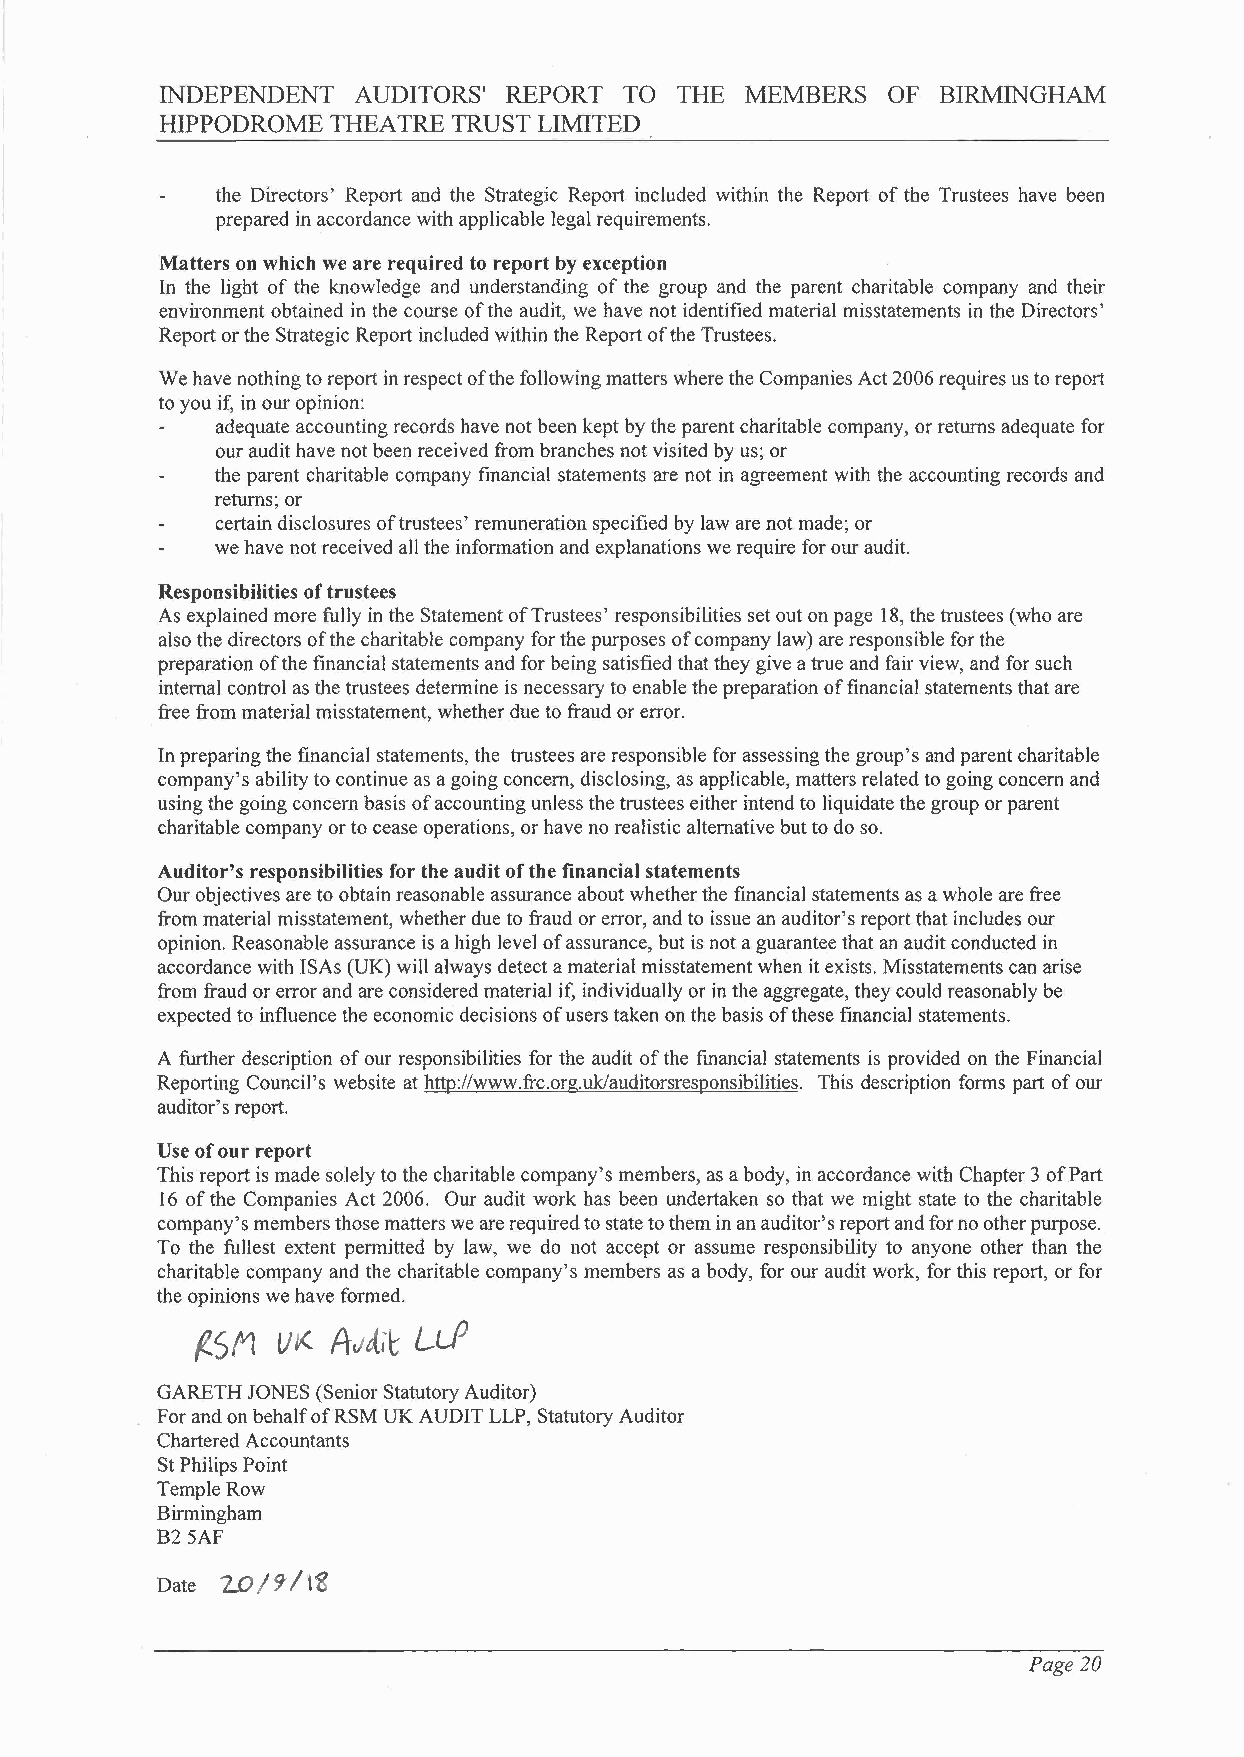
INDEPENDENT AUDITORS'  REPORT TO  THE MEMBERS   OF BIRMINGHAM
 HIPPODROME THEATRE TRUST LIMITED
 the Directors' Report and the Strategic Report included within the Report of the Trustees have been
 prepared in accordance with applicable legal requirements.
 Matters on which we are required to report by exception
 In the light of the knowledge and understanding of the group and the parent charitable company and their
 environment obtained in the course of the audit, we have not identified material misstatements in the Directors'
 Report or the Strategic Report included within the Report of the Trustees.
 We have nothing to report in respect of the following matters where the Companies Act 2006 requires us to report
 to you if, in our opinion:
 adequate accounting records have not been kept by the parent charitable company, or returns adequate for
 our audit have not been received from branches not visited by us; or
 the parent charitable company financial statements are not in agreement with the accounting records and
 returns; or
 certain disclosures of trustees' remuneration specified by law are not made; or
 we have not received all the information and explanations we require for our audit.
 Responsibilities of trustees
 As explained more fully in the Statement of Trustees' responsibilities set out on page 18, the trustees (who are
 also the directors of the charitable company for the purposes of company law) are responsible for the
 preparation of the financial statements and for being satisfied that they give a true and fair view, and for such
 internal control as the trustees determine is necessary to enable the preparation of financial statements that are
 free from material misstatement, whether due to fraud or error.
 In preparing the financial statements, the trustees are responsible for assessing the group's and parent charitable
 company's ability to continue as a going concern, disclosing, as applicable, matters related to going concern and
 using the going concern basis of accounting unless the trustees either intend to liquidate the group or parent
 charitable company or to cease operations, or have no realistic alternative but to do so.
 Auditor's responsibilities for the audit of the financial statements
 Our objectives are to obtain reasonable assurance about whether the financial statements as a whole are free
 from material misstatement, whether due to fraud or error, and to issue an auditor's report that includes our
 opinion. Reasonable assurance is a high level of assurance, but is not a guarantee that an audit conducted in
 accordance with ISAs (UK) will always detect a material misstatement when it exists. Misstatements can arise
 from fraud or error and are considered material if, individually or in the aggregate, they could reasonably be
 expected to influence the economic decisions of users taken on the basis of these financial statements.
 A further description of our responsibilities for the audit of the financial statements is provided on the Financial
 Reporting Council's website at http://www.frc.org.uk/auditorsresponsibilities.This description forms part of our
 auditor's report.
 Use of our report
 This report is made solely to the charitable company's members, as a body, in accordance with Chapter 3 of Part
 16 of the Companies Act 2006. Our audit work has been undertaken so that we might state to the charitable
 company's members those matters we are required to state to them in an auditor's report and for no other purpose.
 To the fullest extent permitted by law, we do not accept or assume responsibility to anyone other than the
 charitable company and the charitable company's members as a body, for our audit work, for this report, or for
 the opinions we have formed.
 GARETH JONES (Senior Statutory Auditor)
 For and on behalf ofRSM UK AUDIT LLP, Statutory Auditor
 Chartered Accountants
 St Philips Point
 Temple Row
 Birmingham
 B25AF
 s
 Date "LO / t¡ I \
 Page 20